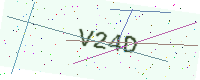
Text: V24D